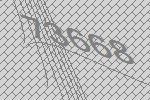
73668